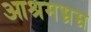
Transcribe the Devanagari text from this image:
आश्रमभ्रम्र